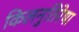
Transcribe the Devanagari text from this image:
किलनुतिरेषा